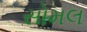
સોમલ